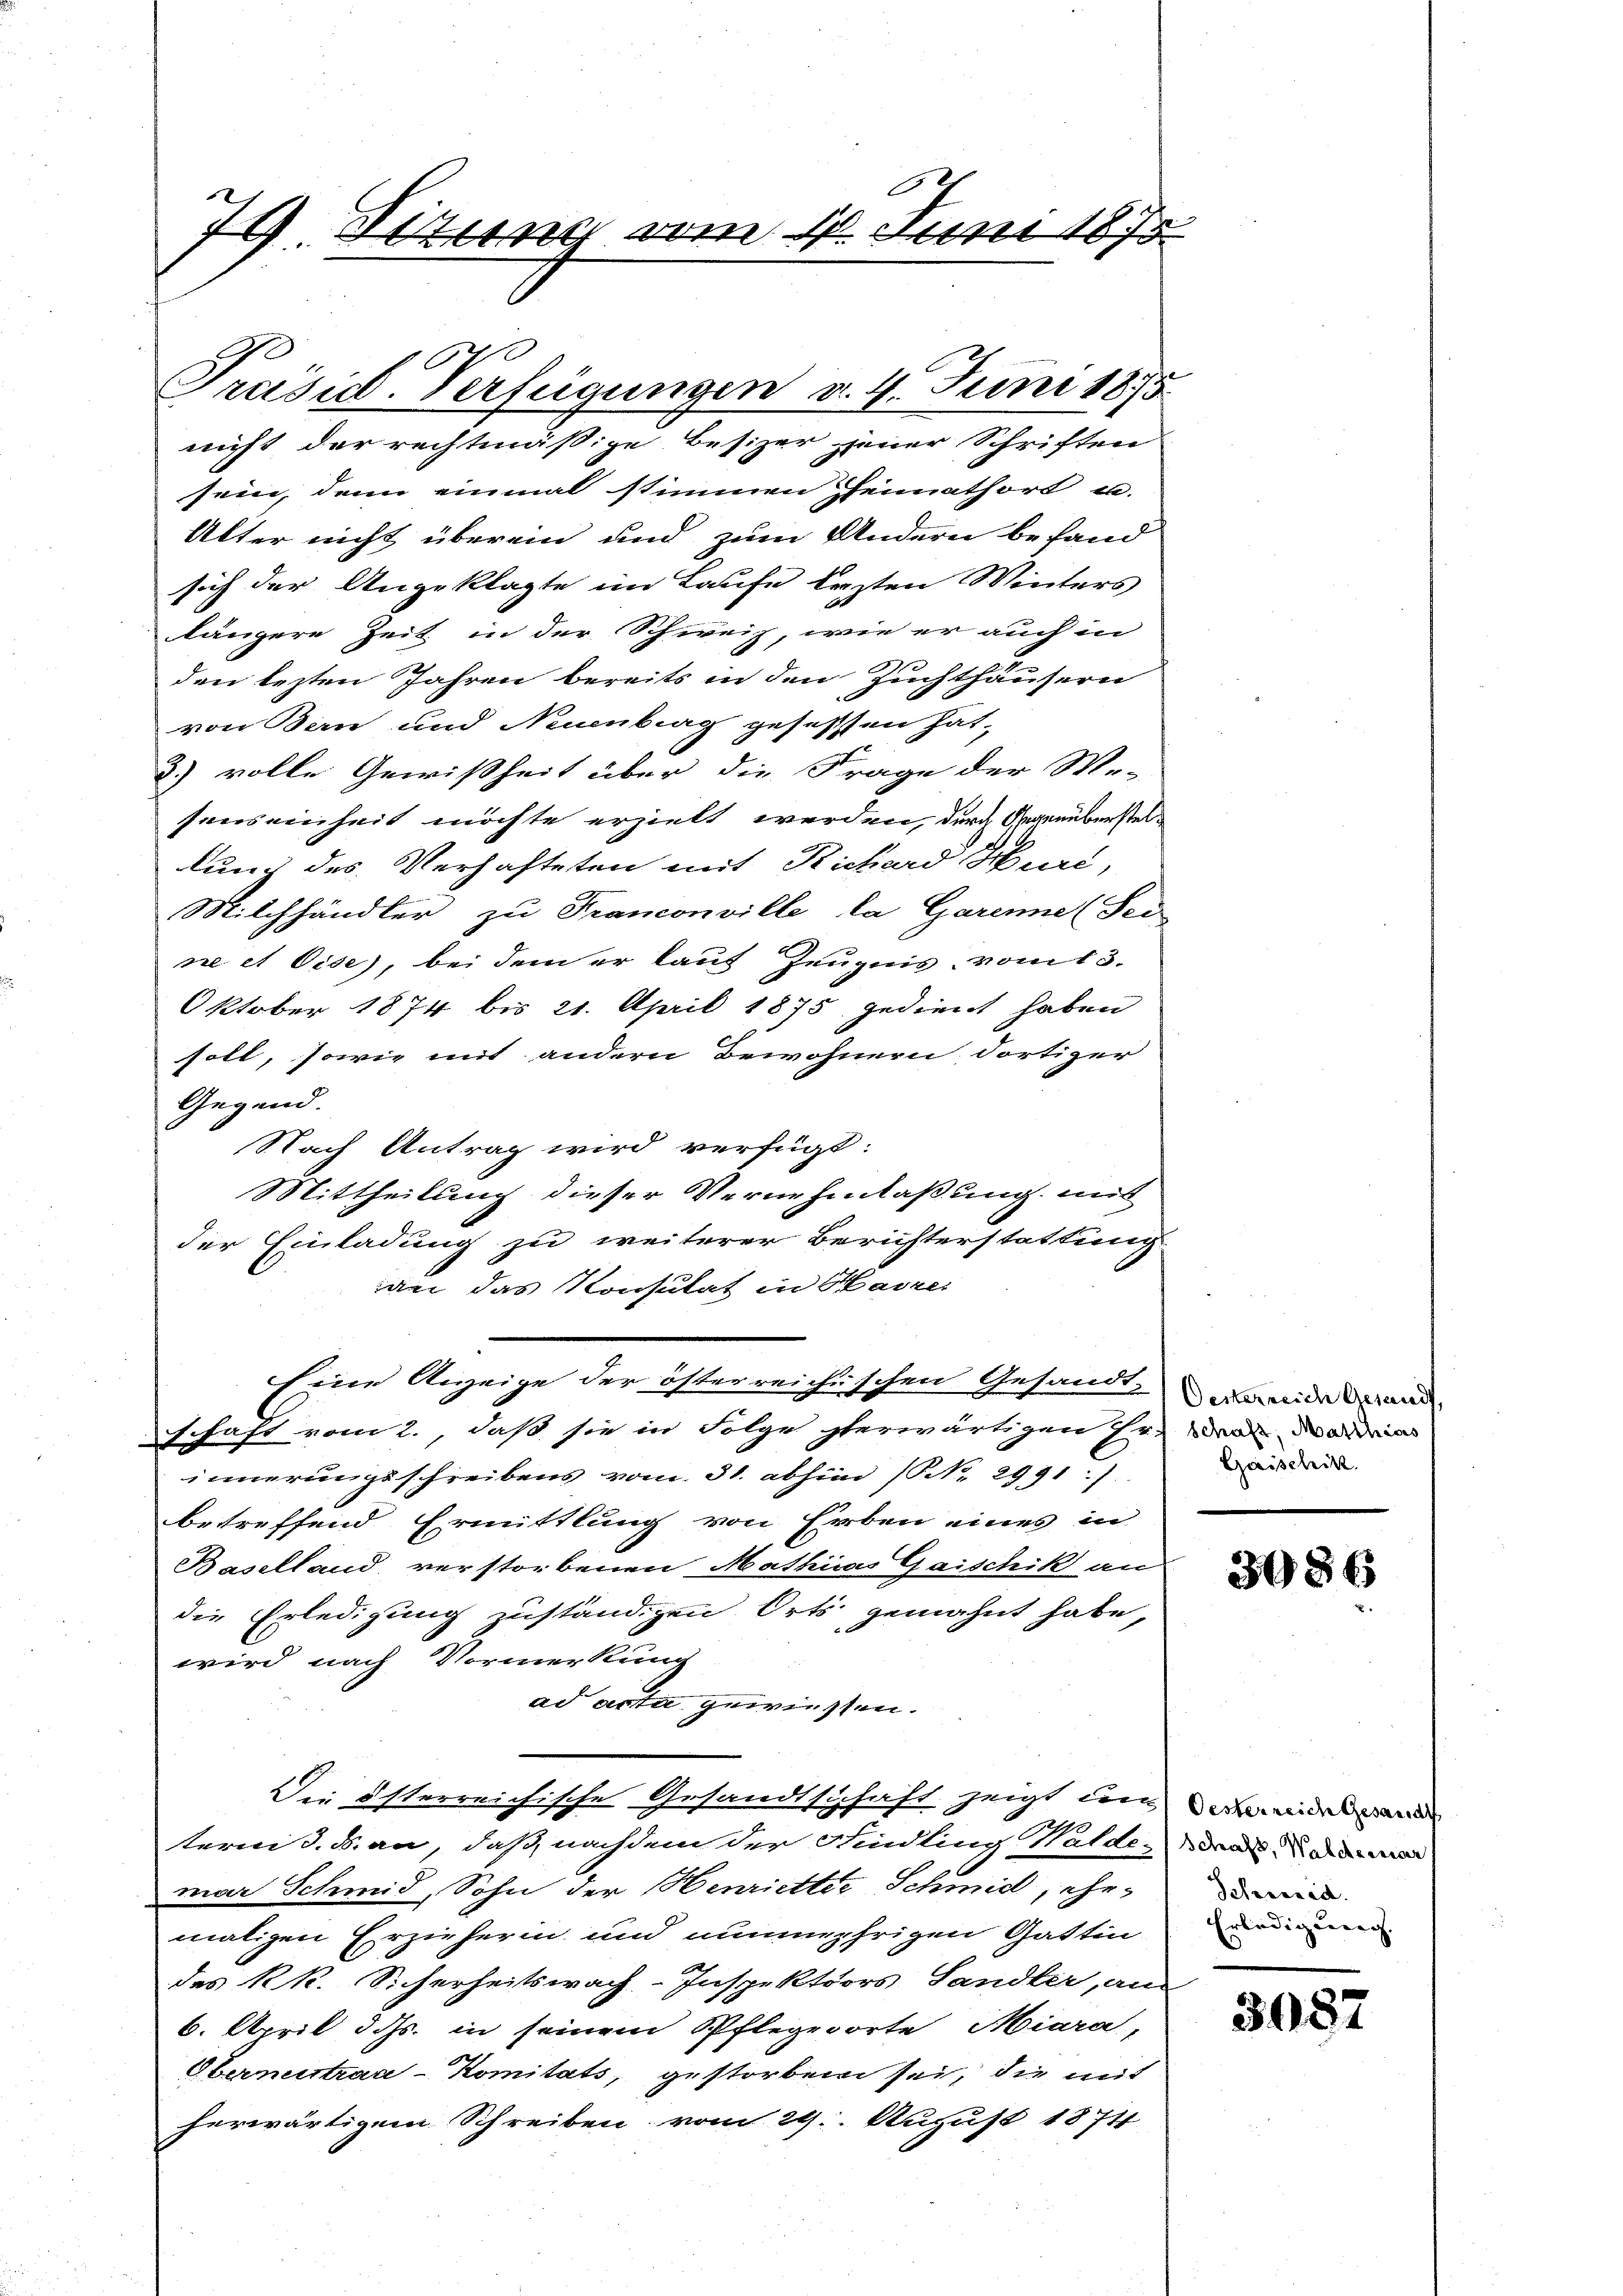
6
74. Situng vom 10. Juni 1873.
e

sein, denn einmal stimmen Heimathort u.
Alter nicht überein und zum Andern befand
sich der Angeklagte im Laufe lezten Winters
längere Zeit in der Schweiz, wie er auch in
den lezten Jahren bereits in den Zuchthäusern
von den und Neuenburg gesessen hat,
2.) volle Gewißheit über die Frage der We-
senseinheit möchte erzielt werden, durch Gegenüberstellung des Verhafteten mit Richard Muri,
Milchhändler zu Franconville la Garenne (Tei-
ne et Oise), bei dem er kauf Zeugnis vom 13.
Oktober 1874 bis 21. April 1875 gedient haben
soll, sowie mit andern Bewohnern, dortiger
Gegend.
Nach Antrag wird verfügt:
Mittheilung dieser Vernehmlaßung mit
der Einladung zu weiterer Berichterstattung
an das Konsulat in Havre
Eine Anzeige der österreichischen Gesandt-
schaft vom 2., daß sie in Folge gerwärtigen Hr. Frau Marinias
innerungsschreibens vom 31. abhin (No. 2991).
betreffend Ermittlung von Erben eines in
Baselland, verstorbenen Mathias Gaischik an
die Erledigung zuständigen Orts gemahnt habe,
wird nach Vormerkung
ad acta gewiessen.
Die österreichische Gesandtschaft zeigt unermeiden
terni d. B. an, daß nachdem der Findling Walde-Dral. Da de mar
mar Schmid, Sohn der Henrietter Schmid, ehe-
maligen Erzieherin und nunmehrigen Gattin
das kk. Sicherheitswach-Inspektors Sandler, an
6. April d. Js. in seinem Pflegerorte Miara,
Obernistraa-Komitats, gestorben sei, die mit
herwärtigem Schreiben vom 29. August 1874

Präsid. Verfügungen d. 4. Juni 1875
nicht der rechtmäßige Besizer jener Schriften

Oesterreich Gesandt,
Gaischik

3486

Scheid.
Erledigung.

3087